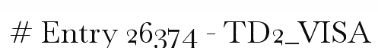
# Entry 26374 - TD2_VISA